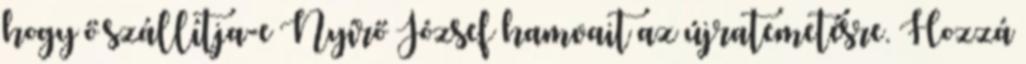
hogy ő szállítja-e Nyírő József hamvait az újratemetésre. Hozzá